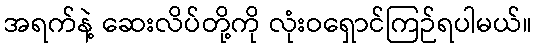
အရက်နဲ့ ဆေးလိပ်တို့ကို လုံးဝရှောင်ကြဉ်ရပါမယ်။